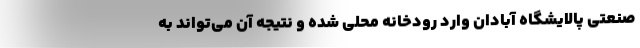
صنعتی پالایشگاه آبادان وارد رودخانه محلی شده و نتیجه آن می‌تواند به